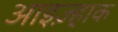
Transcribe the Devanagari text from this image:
आइज़्हाक